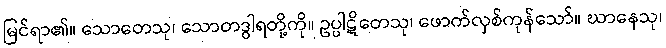
မြင်ရာ၏။ သောတေသု၊ သောတဒွါရတို့ကို။ ဥပ္ပါဋိတေသု၊ ဖောက်လှစ်ကုန်သော်။ ဃာနေသု၊